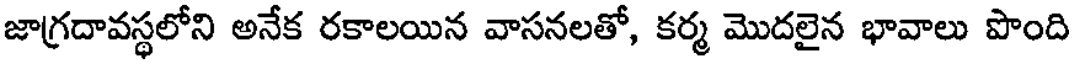
జాగ్రదావస్థలోని అనేక రకాలయిన వాసనలతో, కర్మ మొదలైన భావాలు పొంది